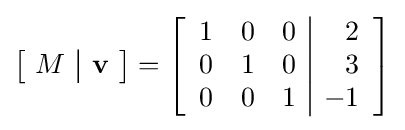
\left[\!{\begin{array}{c|c}M&\mathbf {v} \end{array}}\!\right]=\left[{\begin{array}{rrr|r}1&0&0&2\\0&1&0&3\\0&0&1&-1\end{array}}\right]